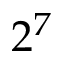
2 ^ { 7 }